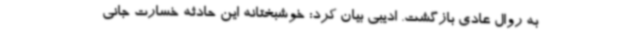
به روال عادی بازگشت. ادیبی بیان کرد: خوشبختانه این حادثه خسارت جانی